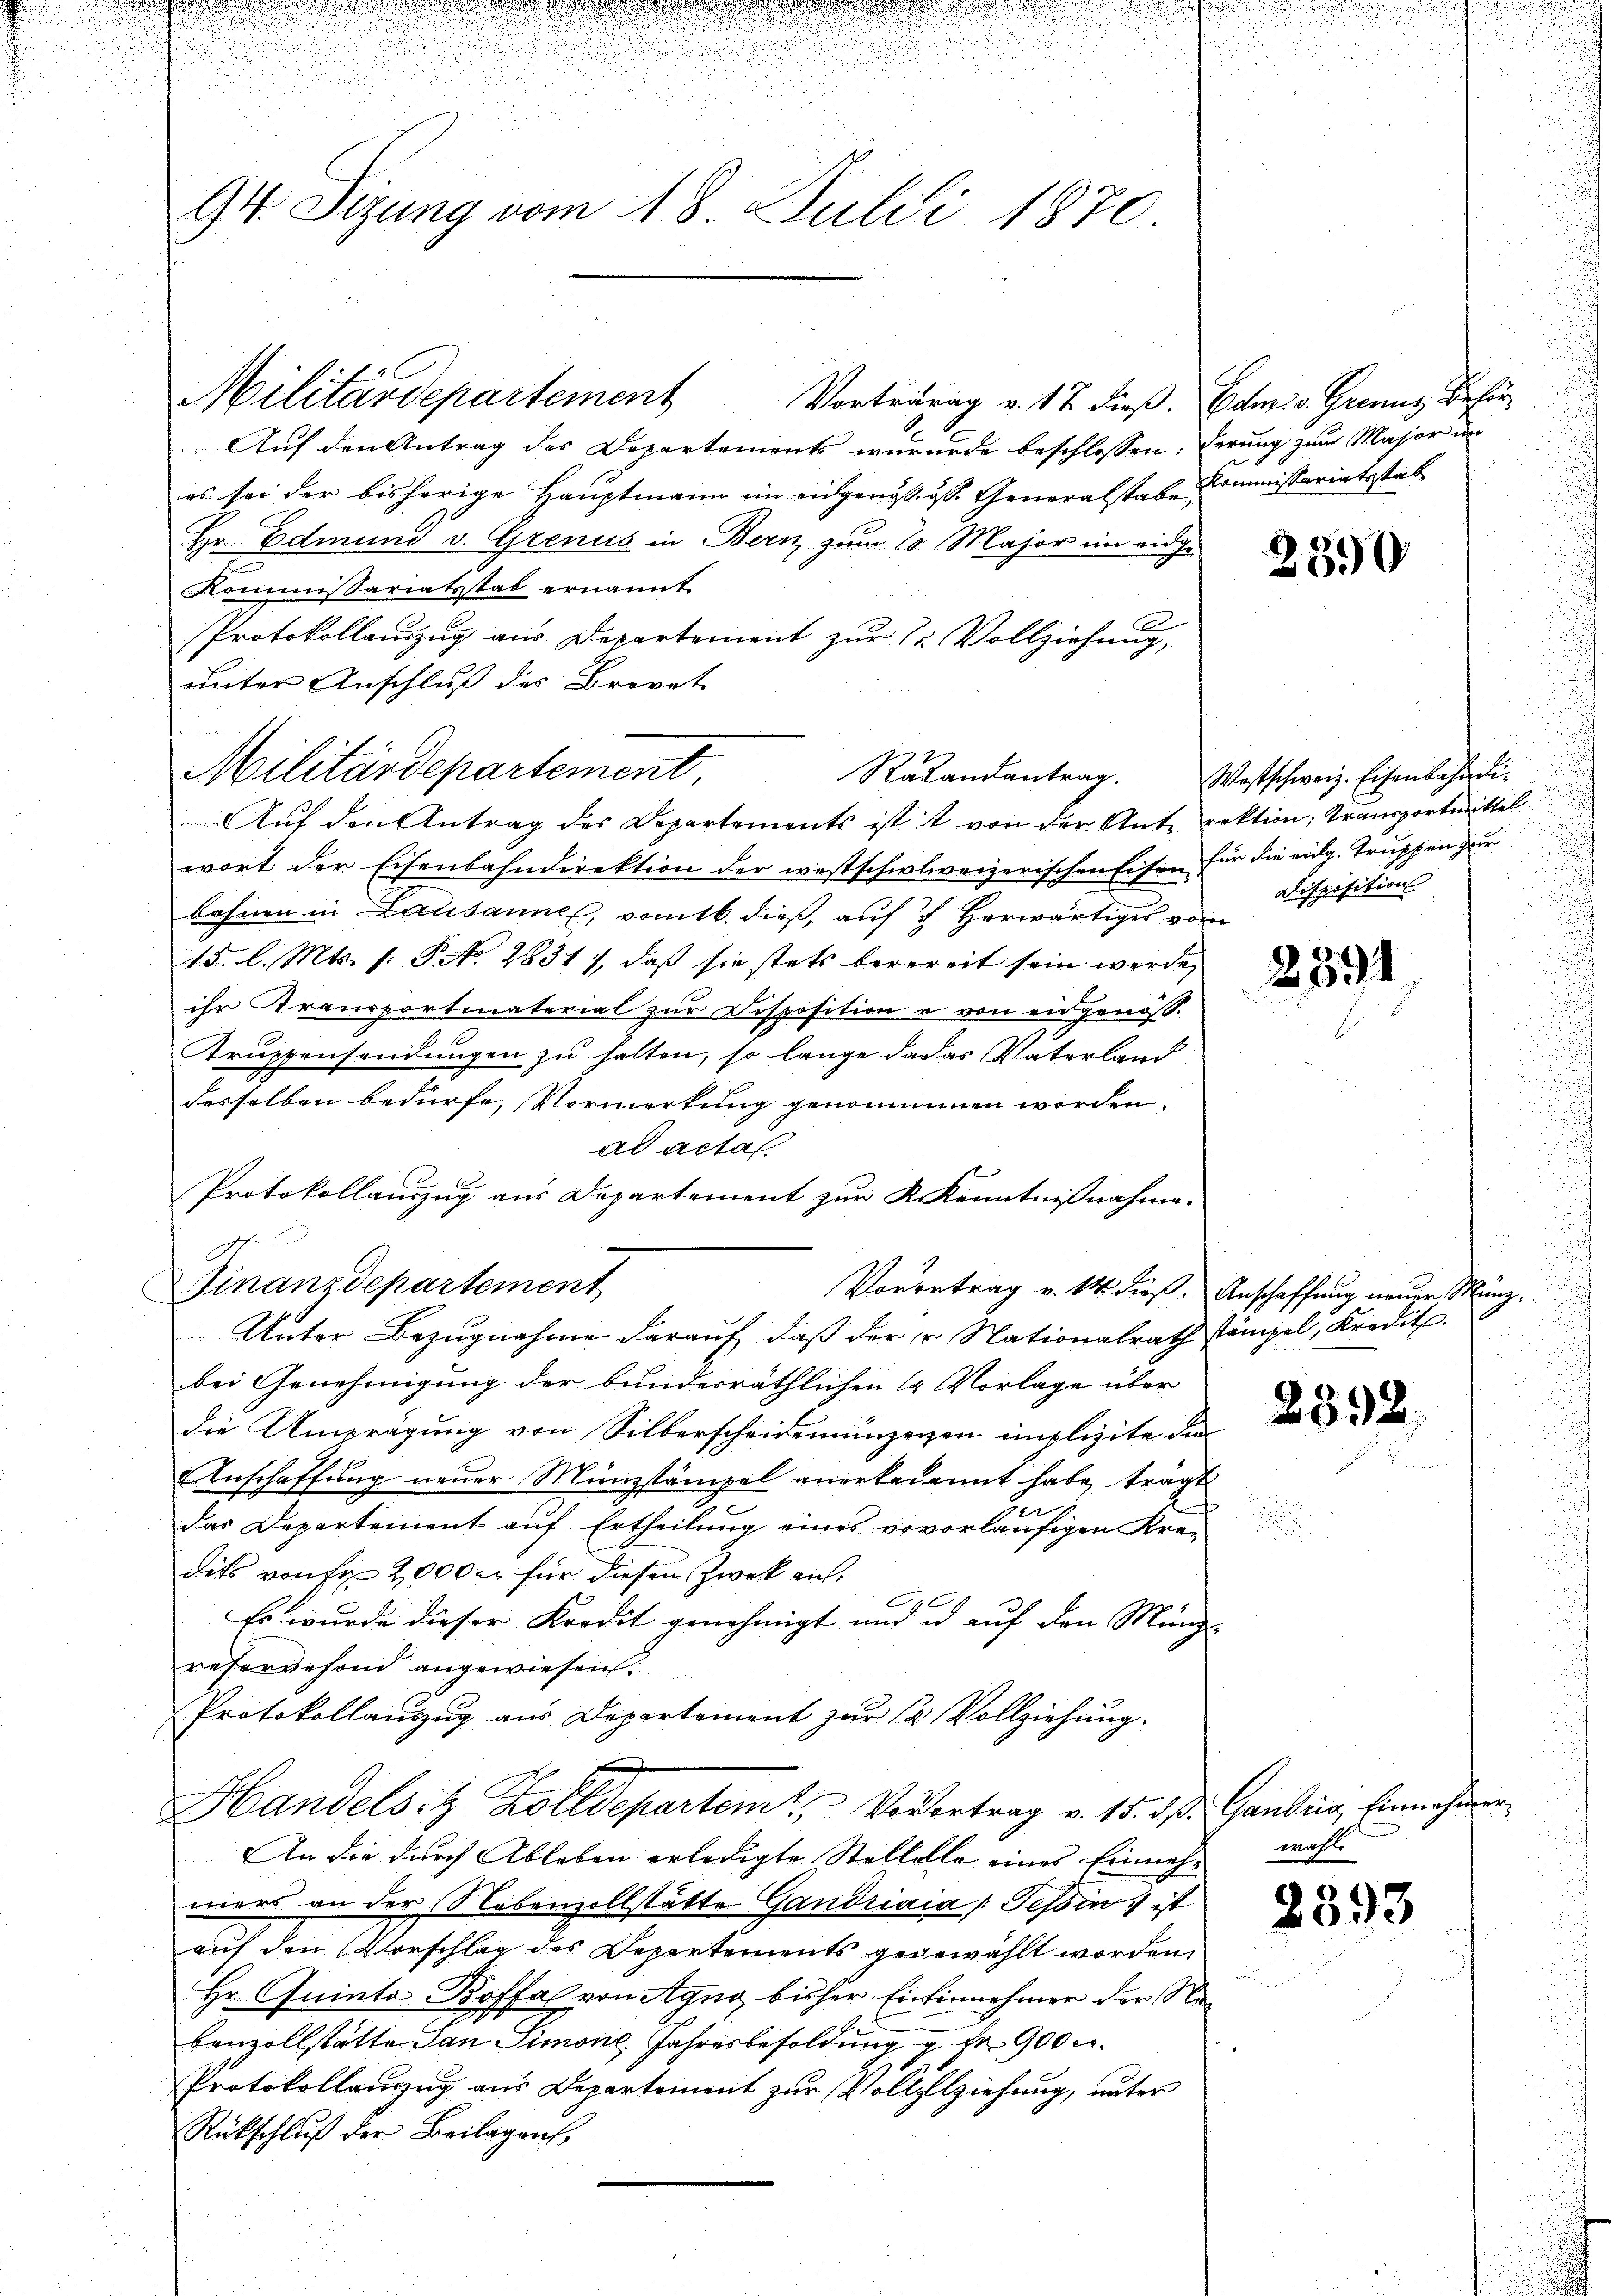
n

.
.
u
94 Sizung vom 18. Julii 1870.

.

Militärdepartement Vortrauung v. 17 dieß. Ed. v. Grenz der für

Militärdepartement Raandantrag. Westschweiz. Eisenbahr die

e
Finanzdepartement

Auf den Antrag des Departements wururde beschlossen: derung zum Major in
es sei der bisherige Hauptmann im eidgenössiss. Generalstabe Kommissariatsstat
Hr. Edmund v. Grenus in Bern, zum 10. Major im eidge
Kommissariatsstat ernannt.
Protokollauszug aus Departement zur 12 Vollziehung,
unter Anschluß des Brevet
Auf den Antrag des Departements ist ist von der Ante rektion, Transportmittel
wort der Eisenbahndirektion der westschweizerischen Eisen für die eidg. Truppen zur
bahnen in Lausanne, vomtb. dieß, auf 7 Herwärtiges vom
15. l. Mts. s. S. No. 2831), daß sie stets berereit sein werde,
ihr Transportmaterial zur Disposition u von eidgenöss.
Truppensendungen zu halten, so lange da das Vaterland
desselben bedürfe, Vormerkung genommen worden.
ad actat
Protokollauszug aus Departement zur K. Kenntnißnahme.
Vorortrag v. 14 dieß. Anschaffung neuer Münz¬
Unter Bezugnahme darauf, daß der Nationalrath stämpel, Kredit.
bei Genehmigung der bunderräthlichen 1 Vorlage über
die Umprägung von Silberscheidemünzevon implizite die
Anschaffung neuer Münzstämpel anerkenannt habe, tragt
c
das Departement auf Ertheilung eines vovorläufigen Kre-
dits von Fr. 2000 er für diesen Zweck aufc

Es wurde dieser Kredit genehmigt und id auf den Münde
reservefond angewiesen.
Protokollauszug aus Departement zur 12 Vollziehung.
Handelst Zolldepartem Vorbertrag v. 15. d. d. Gandina, Einnahmen
An die durch Ableben erledigte Stellelle eines Einneh- wohl
mers an der Nebenzollstätte Gandriaia /: Tessin, ist
auf den Vorschlag des Departements gegewählt worden.
Hr. Quinta Koffel von Agno, bisher Einsinnehmer der Nabenzollstatte San Simone, Jahresbesoldung Nr. 900 c.
Protokollauszug aus Departement zur Vollziehung, unter
Rückschluß der Beilagen,

u

2390

i
Disposition

2391

n

2392.

a

2393

u

.